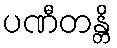
ပဏီတန္တိ